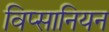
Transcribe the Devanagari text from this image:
विप्सानियन